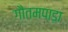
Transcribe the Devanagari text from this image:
गौतमपाड़ा